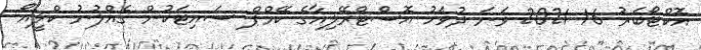
އޮކްޓޯބަރު 16 2021 ވަނަ ދުވަހު އޮސްޓްރޭލިއާގެ ކޭމްޕް ސައިޓަކުން ގެއްލުނު ކްލީއޯ